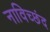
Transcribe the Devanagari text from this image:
नाविच्छंद